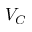
V _ { C }